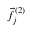
\vec { f } _ { j } ^ { ( 2 ) }